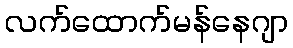
လက်ထောက်မန်နေဂျာ